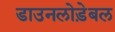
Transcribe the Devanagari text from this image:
डाउनलोड़ेबल